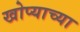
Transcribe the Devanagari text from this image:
खोप्याच्या